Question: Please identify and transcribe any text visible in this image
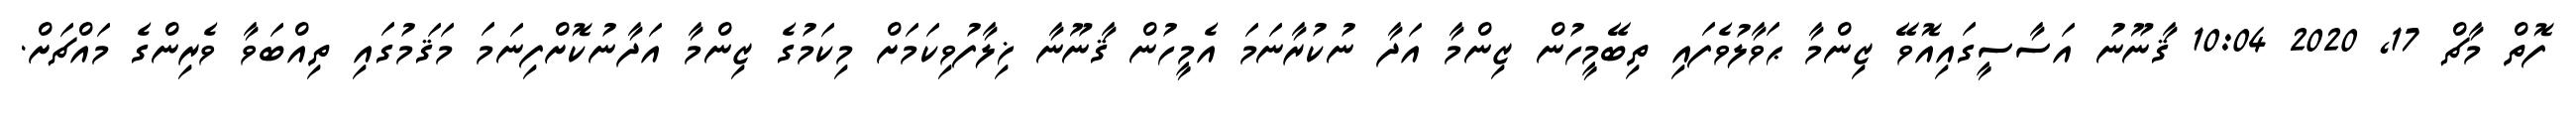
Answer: ފޮތް މާޗް 17, 2020 10:04 ޤާނޫނު އަސާސީގައިއޮވޭ ޒިންމާ ޙަވާލުވެފައި ތިބޭމީހުން ޒިންމާ އަދާ ނުކުރާނަމަ އެމީހުން ޤާނޫނާ ޚިލާފުވިކަމަށް މިކަމުގެ ޒިންމާ އަދާނުކޮށްފިނަމަ މަޤަމުގައި ތިއްބަވާ ވެރިންގެ މައްޗަށް.